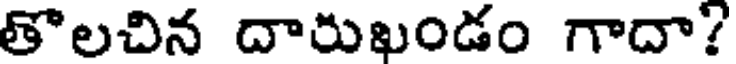
తొలచిన దారుఖండం గాదా!